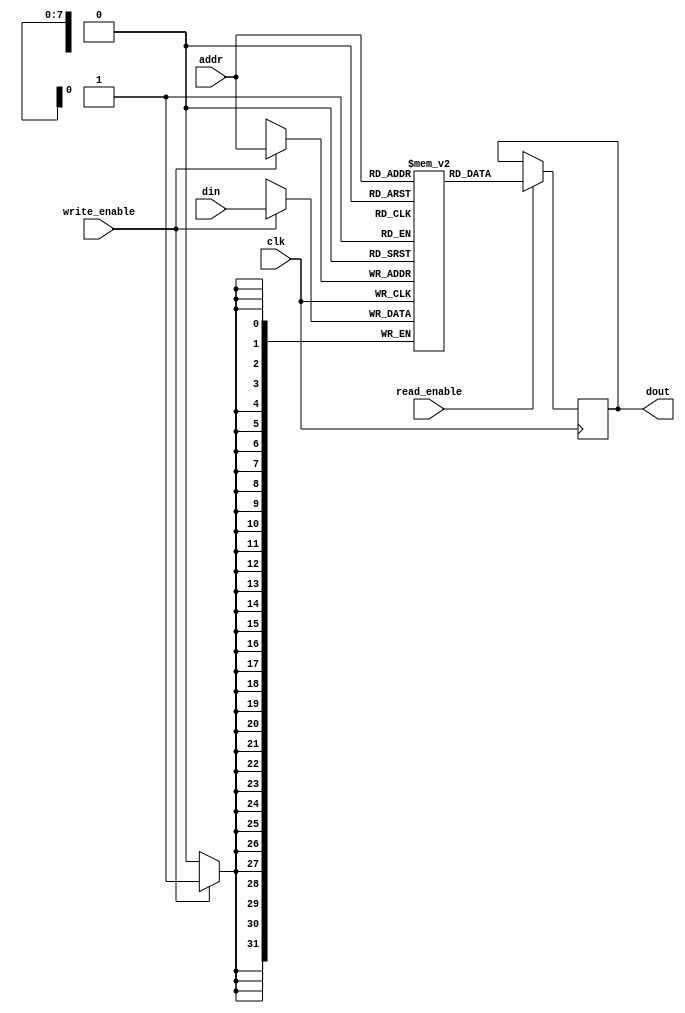
module sync_sram #(
    parameter ADDR_WIDTH = 8,  // Address width (number of address bits)
    parameter DATA_WIDTH = 32   // Data width (number of bits per word)
)(
    input wire clk,                // Clock signal
    input wire write_enable,       // Write enable signal
    input wire read_enable,        // Read enable signal
    input wire [ADDR_WIDTH-1:0] addr, // Address input
    input wire [DATA_WIDTH-1:0] din,  // Data input for write operation
    output reg [DATA_WIDTH-1:0] dout // Data output for read operation
);

    // Define the memory array
    reg [DATA_WIDTH-1:0] memory [(2**ADDR_WIDTH)-1:0]; // Memory array

    // Tri-state output control
    always @ (posedge clk) begin
        if (read_enable) begin
            dout <= memory[addr];  // Read data from the memory array
        end
    end

    // Write operation
    always @ (posedge clk) begin
        if (write_enable) begin
            memory[addr] <= din;  // Write data to the memory array
        end
    end

endmodule